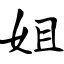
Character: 姐